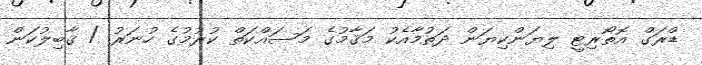
ޑްރަގް އޮތޯރިޓީ ލިޔަންކިޔަން ދަތުމާއެކު މަޤާމުގެ މަސައްކަތް ކުރުމުގެ ހުނަރު / ޤާބިލުކަން